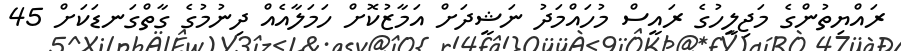
ރައްޔިތުންގެ މަޖިލީހުގެ ރައީސް މުހައްމަދު ނަޝީދަށް އަމާޒުކޮށް ހަމަލާއެއް ދިނުމުގެ ގާތްގަނޑަކަށް 45